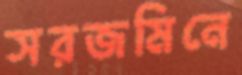
সরজমিনে